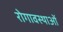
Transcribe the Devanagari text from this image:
रोगावस्थाओं